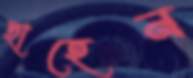
ছাহেন